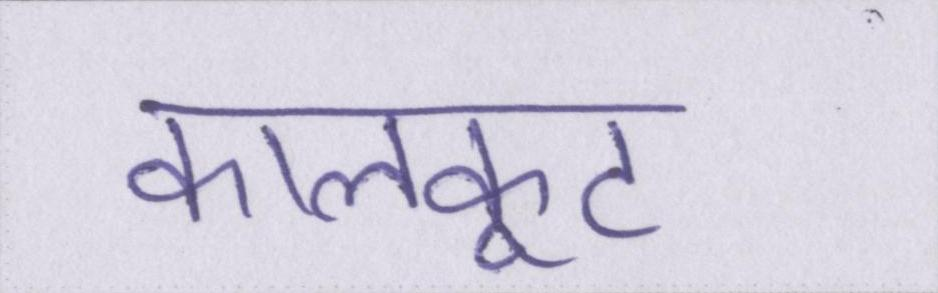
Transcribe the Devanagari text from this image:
कालकूट